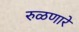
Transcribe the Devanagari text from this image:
रुळणारे